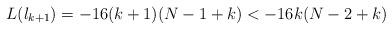
LaTeX: \begin{align*}L(\l_{k+1})=-16(k+1)(N-1+k)<-16k(N-2+k)\end{align*}